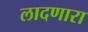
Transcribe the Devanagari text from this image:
लादणारा